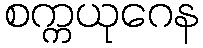
စက္ကယုဂေန